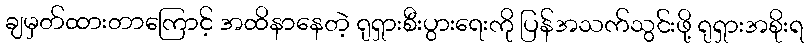
ချမှတ်ထားတာကြောင့် အထိနာနေတဲ့ ရုရှားစီးပွားရေးကို ပြန်အသက်သွင်းဖို့ ရုရှားအစိုးရ